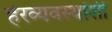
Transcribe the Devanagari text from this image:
हेरव्यवस्थांशी